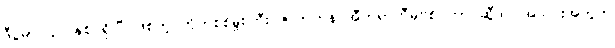
ဒီပွဲမှာ ၄၁ နှစ် ရှိပြီ ဖြစ်တဲ့ တိုက်စစ်မှူးကြီး ဇလာတန် အီဘရာဟီမိုဗစ် ဟာ ဆွီဒင် အသင်းအတွက်